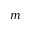
m